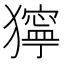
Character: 獰